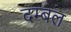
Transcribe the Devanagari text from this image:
दम्बल